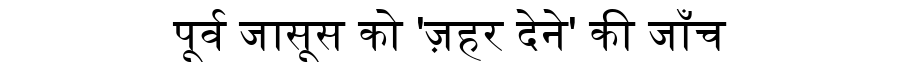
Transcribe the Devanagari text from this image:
पूर्व जासूस को 'ज़हर देने' की जाँच